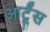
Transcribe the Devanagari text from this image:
आर्टूंस